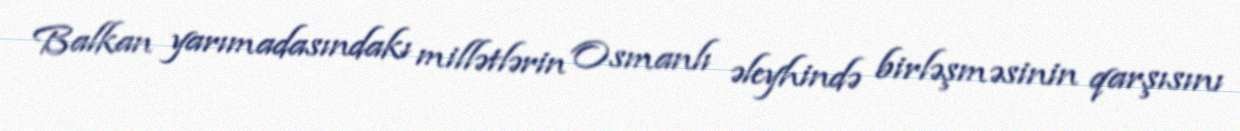
Balkan yarımadasındakı millətlərin Osmanlı əleyhində birləşməsinin qarşısını